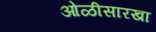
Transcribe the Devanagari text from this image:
ओळीसारखा